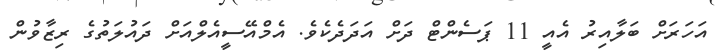
އަހަރަށް ބަލާއިރު އެއީ 11 ޕަސެންޓް ދަށް އަދަދެކެވެ. އެމްއޭސީއެލްއަށް ދައުލަތުގެ ރިޒާވުން